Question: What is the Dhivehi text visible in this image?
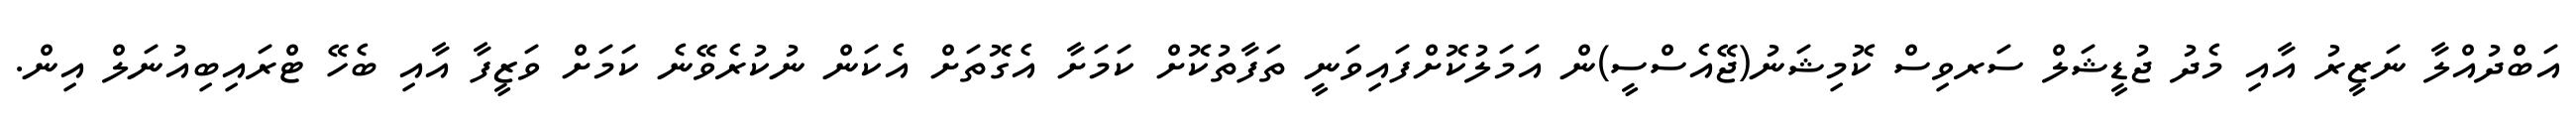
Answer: އަބްދުއްލާ ނަޒީރު އާއި މެދު ޖުޑީޝަލް ސަރވިސް ކޮމިޝަނު(ޖޭއެސްސީ)ން އަމަލުކޮށްފައިވަނީ ތަފާތުކޮށް ކަމަށާ އެގޮތަށް އެކަން ނުކުރެވޭނެ ކަމަށް ވަޒީފާ އާއި ބެހޭ ޓްރައިބިއުނަލް އިން.